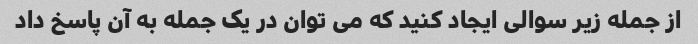
از جمله زیر سوالی ایجاد کنید که می توان در یک جمله به آن پاسخ داد